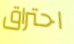
احتراق